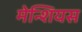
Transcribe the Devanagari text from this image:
मेन्शियस